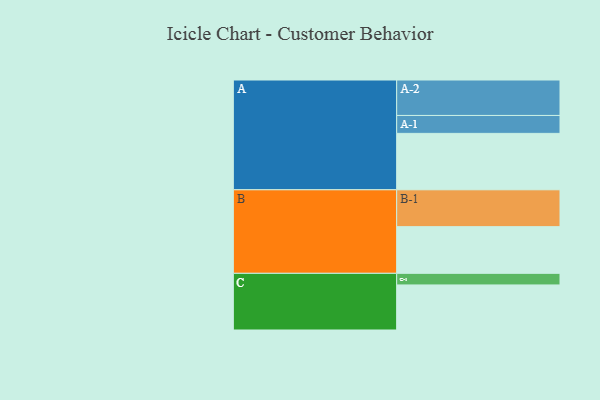
{"axis": {"x": "Segment", "y": "Value"}, "legend": ["", "A", "B", "C"], "data": [{"x": "A", "y": 447, "type": ""}, {"x": "B", "y": 370, "type": ""}, {"x": "C", "y": 357, "type": ""}, {"x": "A-1", "y": 142, "type": "A"}, {"x": "A-2", "y": 281, "type": "A"}, {"x": "B-1", "y": 292, "type": "B"}, {"x": "C-1", "y": 92, "type": "C"}]}